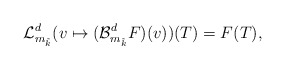
\begin{align*}\mathcal{L}_{m_{\tilde{k}}}^{d}(v \mapsto (\mathcal{B}_{m_{\tilde{k}}}^{d}F)(v) )(T) = F(T), \end{align*}